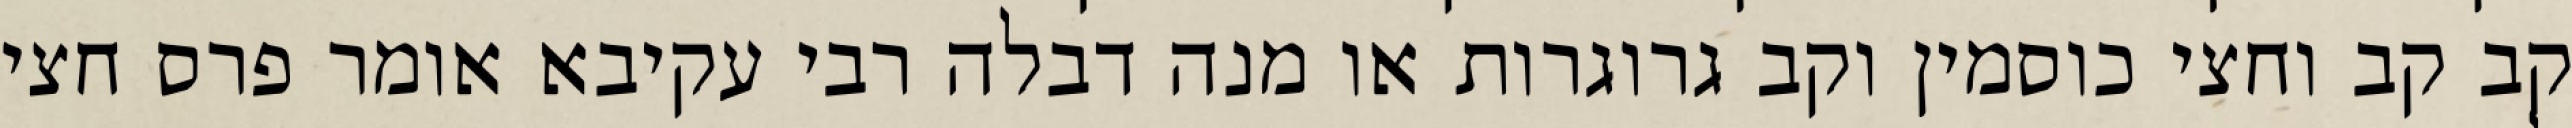
קב קב וחצי כוסמין וקב גרוגרות או מנה דבלה רבי עקיבא אומר פרס חצי